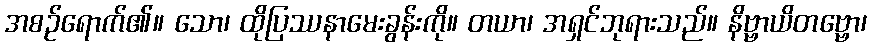
အစဉ်ရောက်၏။ သော၊ ထိုပြဿနာမေးခွန်းကို။ တယာ၊ အရှင်ဘုရားသည်။ နိဗ္ဗာယိတဗ္ဗော၊